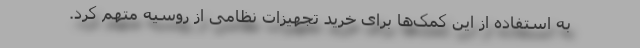
به استفاده از این کمک‌ها برای خرید تجهیزات نظامی از روسیه متهم کرد.